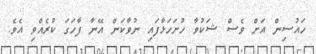
ހައުސިން އަށް ވެސް ޝަކުވާ ހުށަހަޅާފައި ނުވާކަން އޭނާ ފާހަގަ ކުރެއްވި އެވެ.